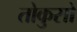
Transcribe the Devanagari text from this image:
तोकुसो